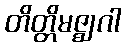
တိတ္တိမဇ္ဈဂါ